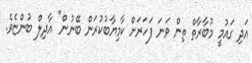
އަދި ގައުމީ މުބާރާތް ތިން ވަނަ ފަހަރަށް ކާމިޔާބުކުރަން ބޭނުން" އާދިލް ބުންޏެވެ.